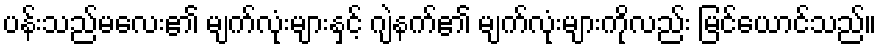
ပန်းသည်မလေး၏ မျက်လုံးများနှင့် ဂျဲနက်၏ မျက်လုံးများကိုလည်း မြင်ယောင်သည်။